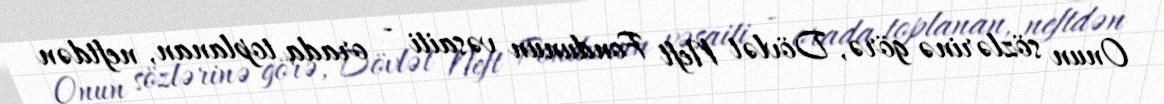
Onun sözlərinə görə, Dövlət Neft Fondunun vəsaiti - orada toplanan, neftdən